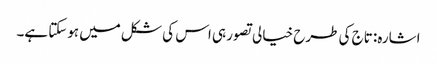
اشارہ: تاج کی طرح خیالی تصور ہی اس کی شکل میں ہوسکتا ہے۔